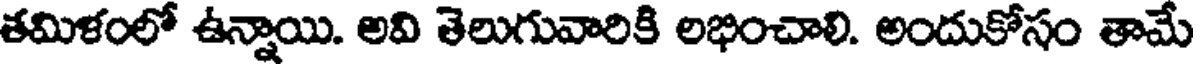
తమిళంలో ఉన్నాయి. అవి తెలుగువారికి లభించాలి. అందుకోసం తామే